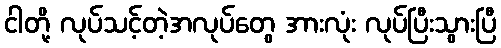
ငါတို့ လုပ်သင့်တဲ့အလုပ်တွေ အားလုံး လုပ်ပြီးသွားပြီ